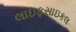
લાઇફસાઇકલ